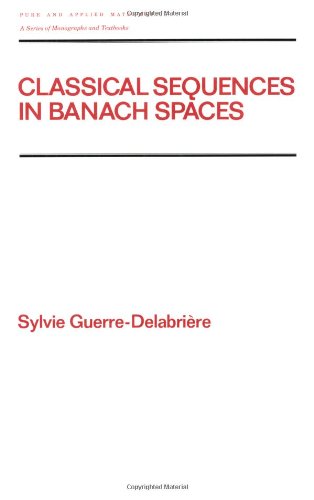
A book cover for Classical Sequences in Banach SPates (Chapman & Hall/CRC Pure and Applied Mathematics); Sylvie Guerre-Delabriere; Science & Math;